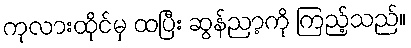
ကုလားထိုင်မှ ထပြီး ဆွန်ညာ့ကို ကြည့်သည်။